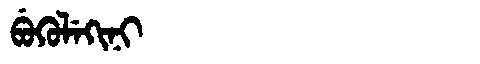
Manchu: ᠪᡠᡴᡠᠯᡝᡴᡳᠨᡳ
Romanization: BUKULEKINI